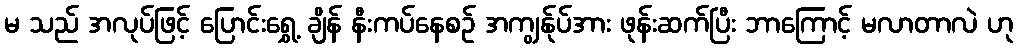
မ သည် အလုပ်ဖြင့် ပြောင်းရွှေ့ ချိန် နီးကပ်နေစဉ် အကျွန်ုပ်အား ဖုန်းဆက်ပြီး ဘာကြောင့် မလာတာလဲ ဟု